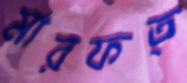
মারফত্